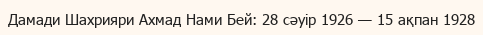
Дамади Шахрияри Ахмад Нами Бей: 28 сәуір 1926 — 15 ақпан 1928